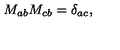
M _ { a b } M _ { c b } = \delta _ { a c } ,